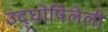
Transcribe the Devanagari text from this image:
उद्‌घोषिलेली